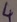
Text: 4